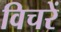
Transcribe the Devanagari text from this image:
विचरें